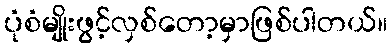
ပုံစံမျိုးဖွင့်လှစ်တော့မှာဖြစ်ပါတယ်။